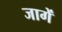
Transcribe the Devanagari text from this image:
जागें